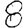
Digit: 8